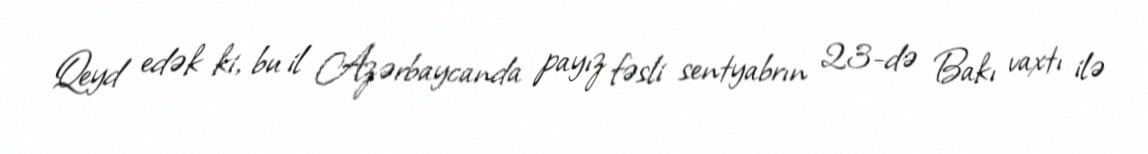
Qeyd edək ki, bu il Azərbaycanda payız fəsli sentyabrın 23-də Bakı vaxtı ilə